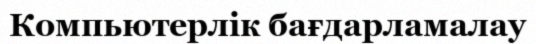
Компьютерлік бағдарламалау